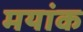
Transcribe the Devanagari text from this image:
मयांक